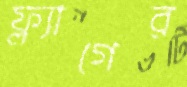
ফ্ল্যাগের